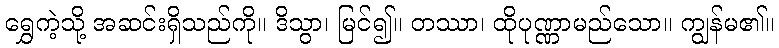
ရွှေကဲ့သို့ အဆင်းရှိသည်ကို။ ဒိသွာ၊ မြင်၍။ တဿာ၊ ထိုပုဏ္ဏာမည်သော။ ကျွန်မ၏။